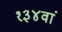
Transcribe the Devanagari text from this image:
१३४वां